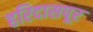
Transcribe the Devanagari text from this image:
हरिदासपूर